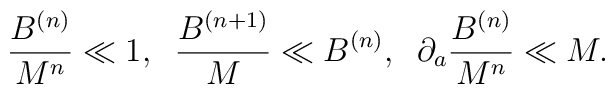
\frac{B^{(n)}}{M^n} \ll 1, \;\;  \frac{B^{(n+1)}}{M} \ll B^{(n)}, \;\;\partial_a \frac{B^{(n)}}{M^n} \ll M.